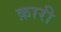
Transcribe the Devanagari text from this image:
क़ारी